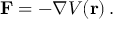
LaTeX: \mathbf { F } = - \nabla V ( \mathbf { r } ) \, .